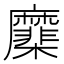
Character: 𢌑